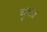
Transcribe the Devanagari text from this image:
वृत्तत